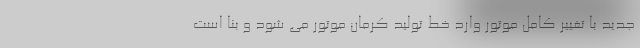
جدید با تغییر کامل موتور وارد خط تولید کرمان موتور می شود و بنا است